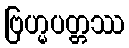
ဗြဟ္မပတ္တဿ